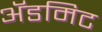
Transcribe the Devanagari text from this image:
ॲडमिट